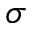
\sigma